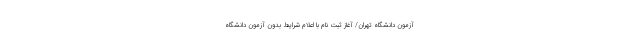
آزمون دانشگاه تهران/ آغاز ثبت نام با اعلام شرایط بدون آزمون دانشگاه